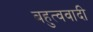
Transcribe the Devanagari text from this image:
बहुत्ववादी